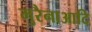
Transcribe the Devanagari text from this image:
मुरैनाआदि